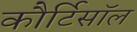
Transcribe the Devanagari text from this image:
कौर्टिसॉल